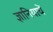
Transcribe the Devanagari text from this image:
ज्ञानियाचें